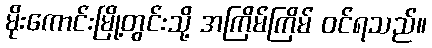
မိုးကောင်းမြို့တွင်းသို့ အကြိမ်ကြိမ် ဝင်ရသည်။